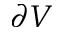
\partial V